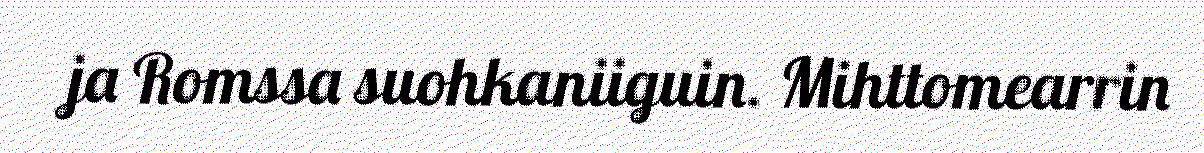
ja Romssa suohkaniiguin. Mihttomearrin